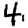
Digit: 4